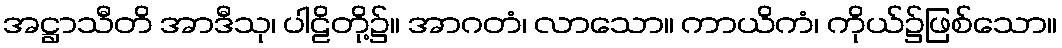
အဋ္ဌာသီတိ အာဒီသု၊ ပါဠိတို့၌။ အာဂတံ၊ လာသော။ ကာယိကံ၊ ကိုယ်၌ဖြစ်သော။